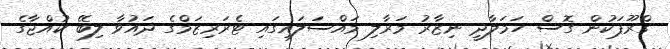
ގްރޫޕަކުން ގޮސް ހަމަލާދީ ނިޒާރު މަރާލި މައްސަލައިގައި ޓެރަރިޒަމްގެ ދައުވާ ލިބޭ ކުއްޖާގެ